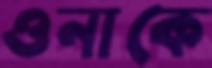
ওনাকে